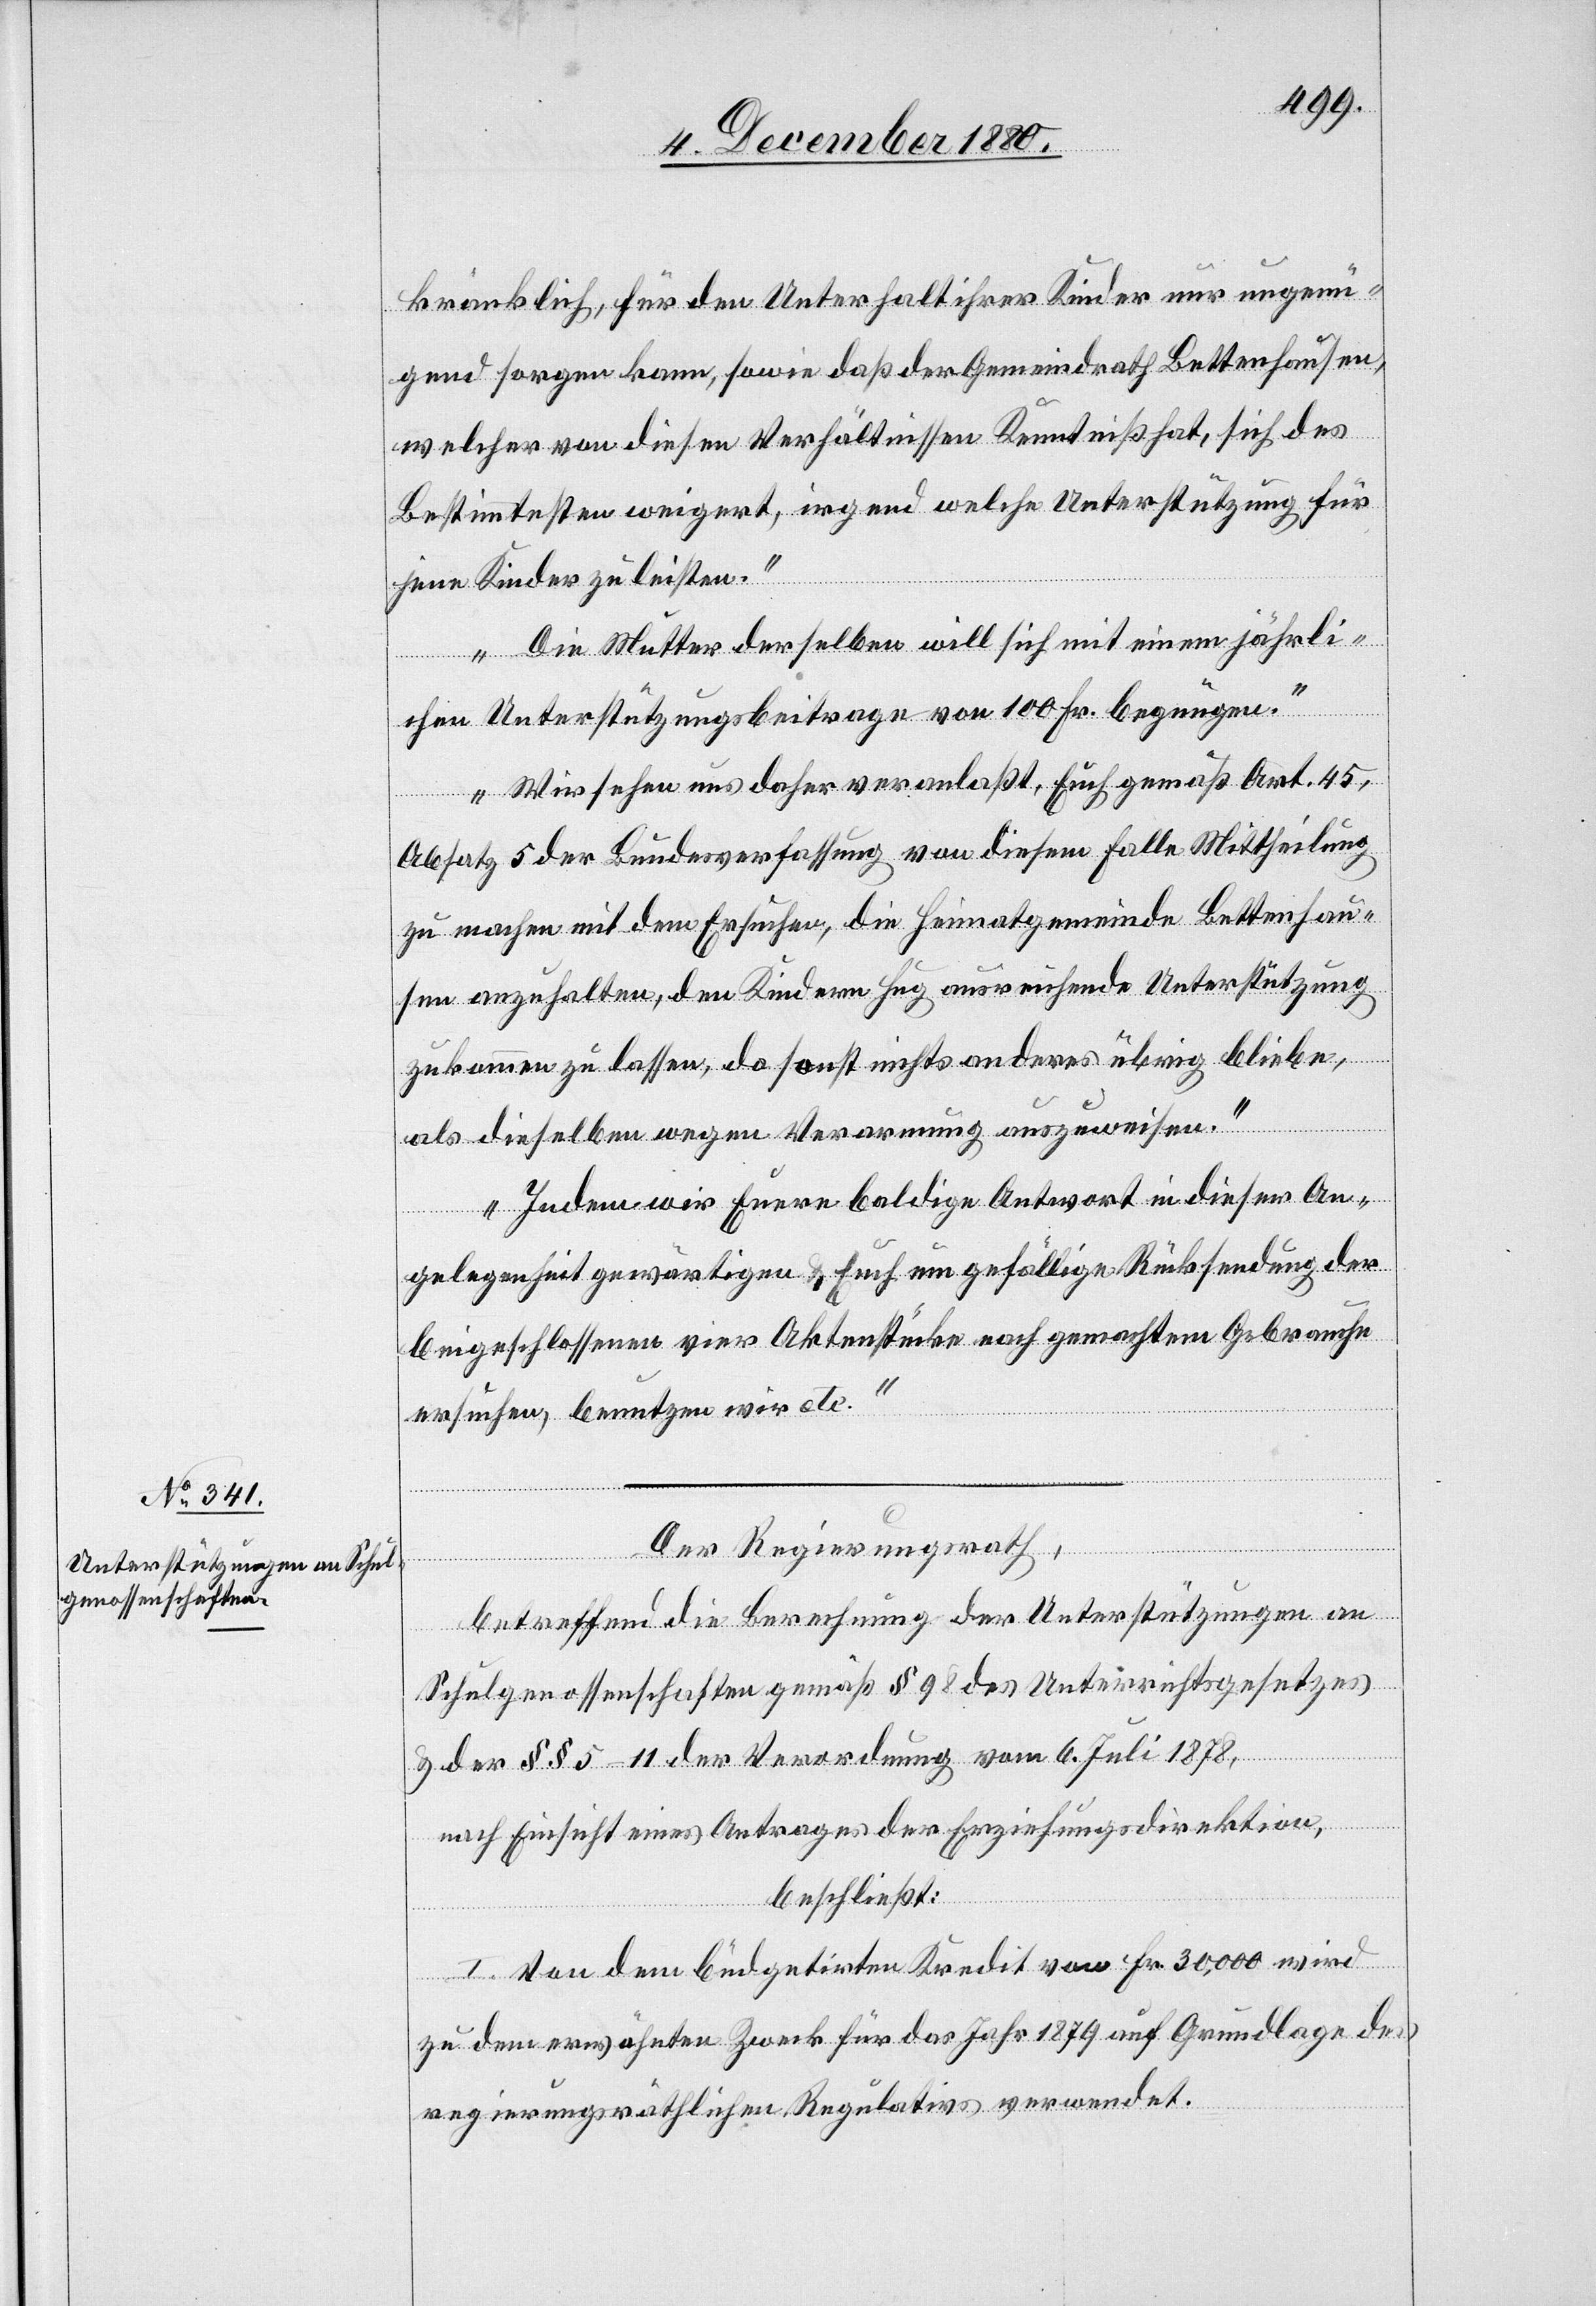
kränklich für den Unterhalt ihrer Kinder nur ungenü¬
gend sorgen kann, sowie daß der Gemeindrath Bettenhausen,
welcher von diesen Verhältnissen Kenntniß hat, sich des
Bestimmtesten weigert, irgend welche Unterstützung für
jene Kinder zu leisten.
Die Mutter derselben will sich mit einem jährli¬
chen Unterstützungsbeitrage von 100 Fr. begnügen.
Wir sehen uns daher veranlaßt, Euch gemäß Art. 45,
Absatz 5 der Bundesverfassung von diesem Falle Mittheilung
zu machen mit dem Ersuchen, die Heimatgemeinde Bettenhau¬
sen anzuhalten, den Kindern Hug ausreichende Unterstützung
zukommen zu lassen, da sonst nichts anderes übrig bliebe,
als dieselben wegen Verarmung auszuweisen.
Indem wir Euere baldige Antwort in dieser An¬
gelegenheit gewärtigen & Euch um gefällige Rücksendung der
beigeschlossenen vier Aktenstücke nach gemachtem Gebrauche
ersuchen, benutzen wir etc.“
Der Regierungsrath,
betreffend die Berechnung der Unterstützungen an
Schulgenossenschaften gemäß § 98 des Unterstützungsgesetzes
& der §§ 5–11 der Verordnung vom 6. Juli 1878,
nach Einsicht eines Antrages der Erziehungsdirektion,
beschließt:
I. Von dem büdgetirten Kredit von Fr. 30,000 wird
zu dem erwähnten Zweck für das Jahr 1879 auf Grundlage des
regierungsräthlichen Regulativs verwendet.